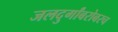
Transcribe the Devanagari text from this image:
जलदुर्गांबरोबरच